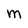
Character: M